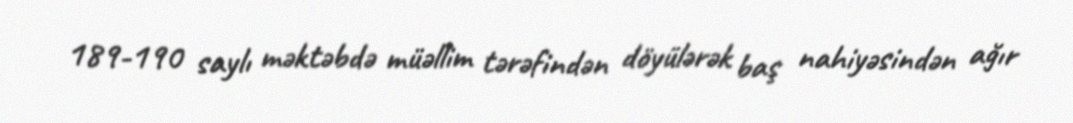
189-190 saylı məktəbdə müəllim tərəfindən döyülərək baş nahiyəsindən ağır